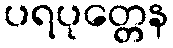
ပရပုတ္တေန